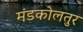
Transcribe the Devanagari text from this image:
मंडकोलतुर